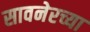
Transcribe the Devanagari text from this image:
सावनेरच्या